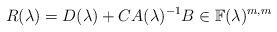
LaTeX: \begin{align*}R(\lambda) = D(\lambda) + C A(\lambda)^{-1}B \in {\mathbb F}(\lambda)^{m,m} \end{align*}